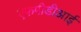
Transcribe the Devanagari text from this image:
एफपीडीआई